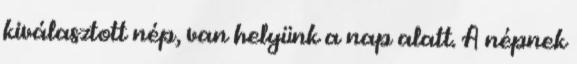
kiválasztott nép, van helyünk a nap alatt. A népnek